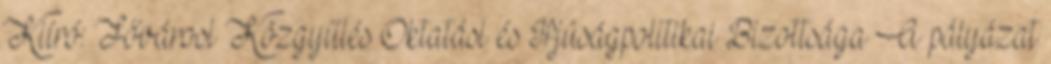
Kiíró: Fővárosi Közgyűlés Oktatási és Ifjúságpolitikai Bizottsága A pályázat